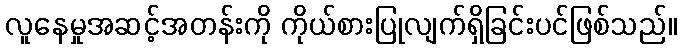
လူနေမှုအဆင့်အတန်းကို ကိုယ်စားပြုလျက်ရှိခြင်းပင်ဖြစ်သည်။